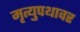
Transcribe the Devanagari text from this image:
मृत्युपथावर